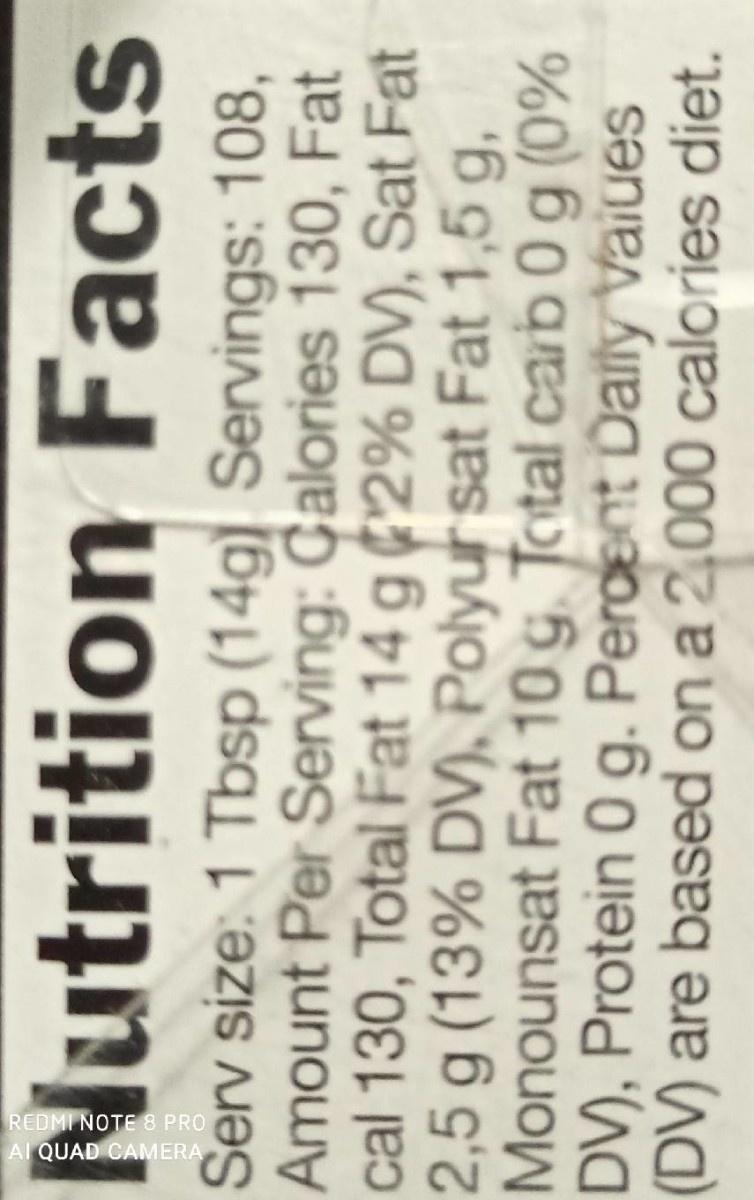
Nutrition Facts
Serv size: 1 Tbsp (14g) Servings: 108, Amount Per Serving: Calories 130, Fat cal 130, Total Fat 14 g ¢2% DV), Sat Fat 2,5 g (13% DV), Polyur sat Fat 1,5 g, Monounsat Fat 10 g. Total carb0 g (0% DV), Protein 0 g. Percent Daily Vaiues (DV) are based on a 2,000 calories diet.